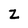
Character: Z